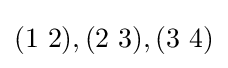
(1~2),(2~3),(3~4)